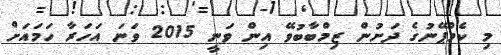
މި ކެމްޕޭނުގެ ދަށުން ޒިމްބާބުވޭ އިން ވަނީ 2015 ވަނަ އަހަރާ ހަމައަށް